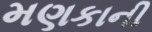
મણકાની